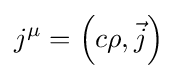
j^{\mu }=\left(c\rho ,{\vec {j}}\right)